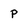
Character: P